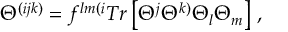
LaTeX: \Theta ^ { ( i j k ) } = f ^ { l m ( i } T r \left[ \Theta ^ { j } \Theta ^ { k ) } \Theta _ { l } \Theta _ { m } \right] \, ,